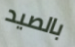
بالصيد